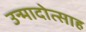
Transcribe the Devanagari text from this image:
उन्मादोत्साह